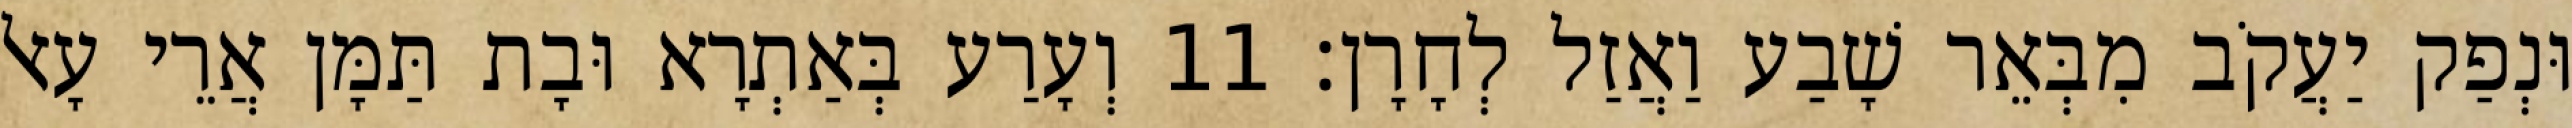
וּנְפַק יַעֲקֹב מִבְּאֵר שָׁבַע וַאֲזַל לְחָרָן׃ 11 וְעָרַע בְּאַתְרָא וּבָת תַּמָּן אֲרֵי עָאל